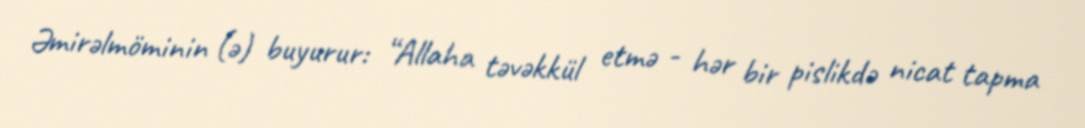
Əmirəlmöminin (ə) buyurur: “Allaha təvəkkül etmə - hər bir pislikdə nicat tapma